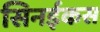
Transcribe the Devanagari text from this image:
सिनईकस